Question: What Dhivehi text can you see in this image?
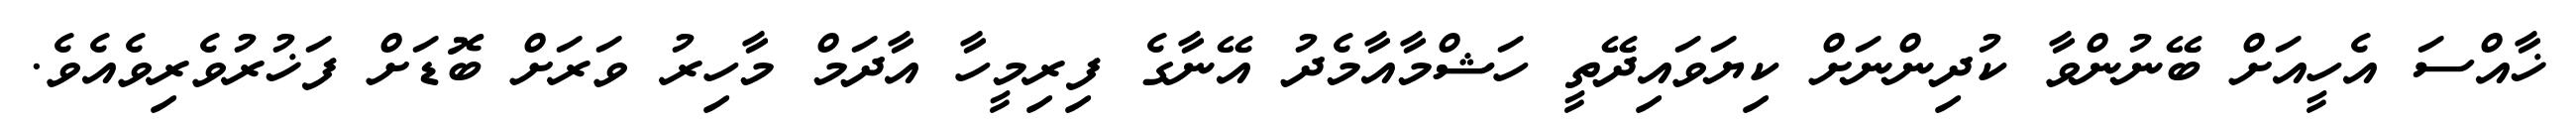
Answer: ޚާއްސަ އެހީއަށް ބޭނުންވާ ކުދިންނަށް ކިޔަވައިދޭތީ ހަޝްމާއާމެދު އޭނާގެ ފިރިމީހާ އާދަމް މާހިރު ވަރަށް ބޮޑަށް ފަޚުރުވެރިވެއެވެ.